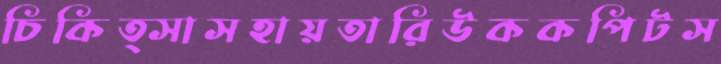
চিকিত্সাসহায়তারিউককপিটস